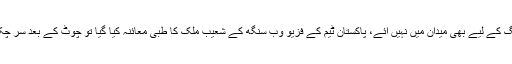
شعیب ملک چھ رنز بنا کر آوٹ ہوئے اور فیلڈنگ کے لیے بھی میدان میں نہیں آئے، پاکستان ٹیم کے فزیو وب سنگھ کے شعیب ملک کا طبی معائنہ کیا گیا تو چوٹ کے بعد سر چکرانے یعنی( لیٹ کنکشن) کی علامات نظر آئیں۔